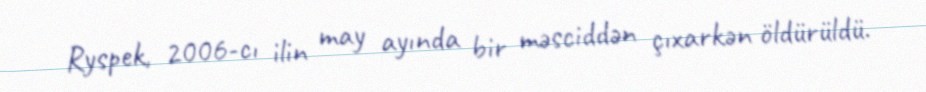
Ryspek, 2006-cı ilin may ayında bir məsciddən çıxarkən öldürüldü.